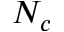
N _ { c }